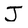
Character: J